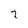
Character: 7